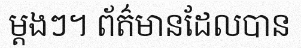
ម្តងៗ។ ព័ត៌មានដែលបាន